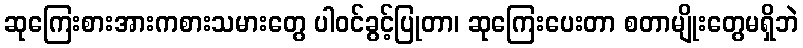
ဆုကြေးစားအားကစားသမားတွေ ပါဝင်ခွင့်ပြုတာ၊ ဆုကြေးပေးတာ စတာမျိုးတွေမရှိဘဲ